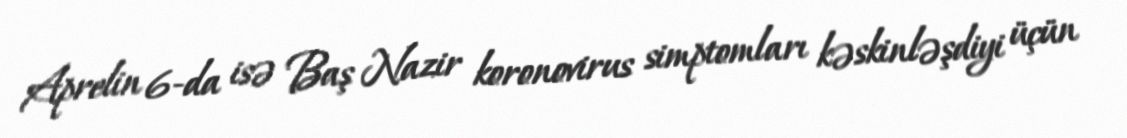
Aprelin 6-da isə Baş Nazir koronovirus simptomları kəskinləşdiyi üçün